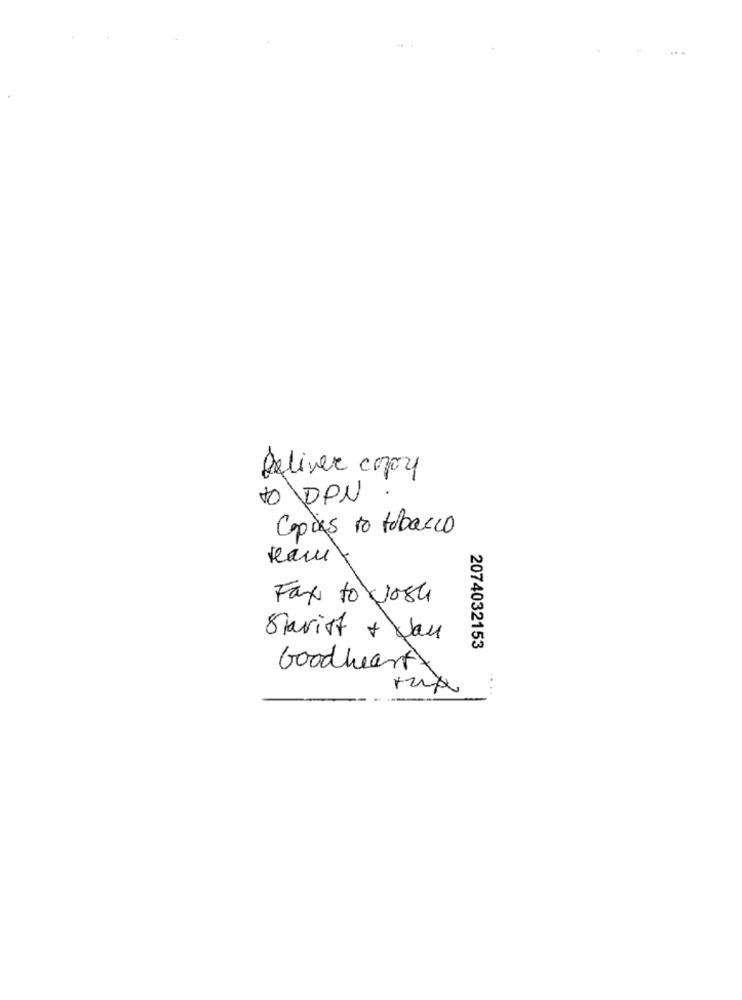
Deliver copy
to DPN
Copias to tobacco
Fax to Josh
Starist + Jan
2074032153
Goodheart
...